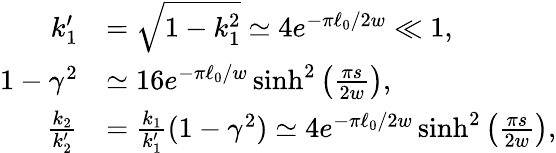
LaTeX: \begin{array}{rl}{k_{1}^{\prime}}&{=\sqrt{1-k_{1}^{2}}\simeq 4e^{-\pi\ell_{0}/2w}\ll 1,}\\ {1-\gamma^{2}}&{\simeq 16e^{-\pi\ell_{0}/w}\sinh^{2}\left(\frac{\pi s}{2w}\right),}\\ {\frac{k_{2}}{k_{2}^{\prime}}}&{=\frac{k_{1}}{k_{1}^{\prime}}(1-\gamma^{2})\simeq 4e^{-\pi\ell_{0}/2w}\sinh^{2}\left(\frac{\pi s}{2w}\right),}\end{array}